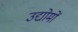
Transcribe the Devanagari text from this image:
उद्योमों